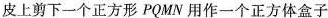
皮上剪下一个正方形PQMN用作一个正方体盒子